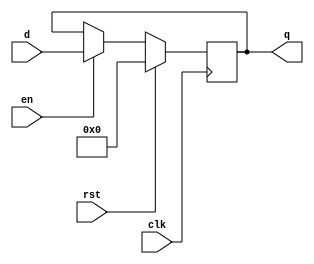
/*
   This file was generated automatically by the Mojo IDE version B1.3.6.
   Do not edit this file directly. Instead edit the original Lucid source.
   This is a temporary file and any changes made to it will be destroyed.
*/

/*
   Parameters:
     WIDTH = 8
*/
module register_22 (
    input clk,
    input en,
    input rst,
    input [7:0] d,
    output reg [7:0] q
  );
  
  localparam WIDTH = 4'h8;
  
  
  reg [7:0] M_regs_d, M_regs_q = 1'h0;
  
  always @* begin
    M_regs_d = M_regs_q;
    
    if (en == 1'h1) begin
      M_regs_d = d;
    end else begin
      M_regs_d = M_regs_q;
    end
    q = M_regs_q;
  end
  
  always @(posedge clk) begin
    if (rst == 1'b1) begin
      M_regs_q <= 1'h0;
    end else begin
      M_regs_q <= M_regs_d;
    end
  end
  
endmodule